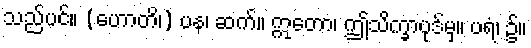
သည်ပင်။ (ဟောတိ၊) ပန၊ ဆက်။ ဣတော၊ ဤသိက္ခာပုဒ်မှ။ ပရံ၊ ၌။